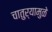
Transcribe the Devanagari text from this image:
चातुर्यामुळे